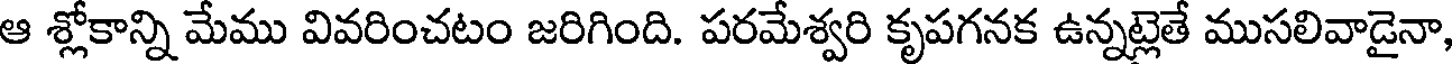
ఆ శ్లోకాన్ని మేము వివరించటం జరిగింది. పరమేశ్వరి కృపగనక ఉన్నట్లెతే ముసలివాడైనా,